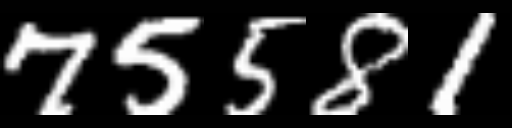
Text: 75581